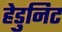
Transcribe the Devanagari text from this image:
हेडुनिट